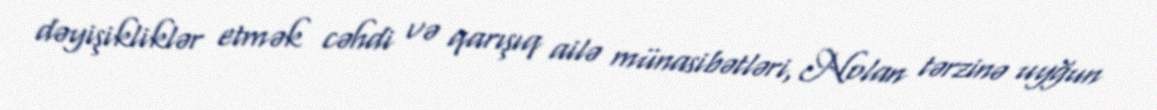
dəyişikliklər etmək cəhdi və qarışıq ailə münasibətləri, Nolan tərzinə uyğun